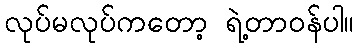
လုပ်မလုပ်ကတော့ ရဲ့တာဝန်ပါ။